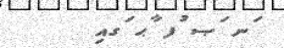
ަނ ަޞ ުފ ާޙ ަގއި